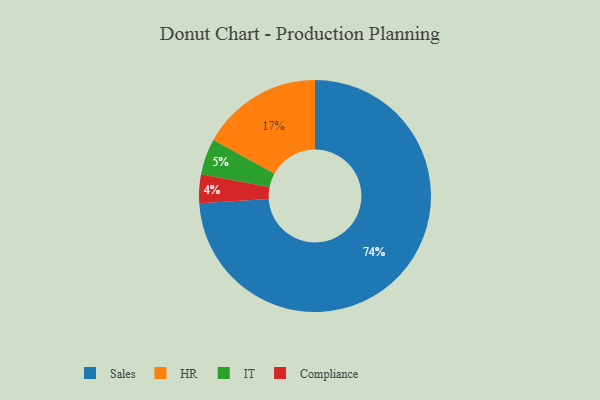
{"axis": {"x": "Category", "y": "Percentage"}, "legend": ["Compliance", "HR", "IT", "Sales"], "data": [{"x": "Compliance", "y": 4, "type": "Compliance"}, {"x": "IT", "y": 5, "type": "IT"}, {"x": "HR", "y": 17, "type": "HR"}, {"x": "Sales", "y": 74, "type": "Sales"}]}